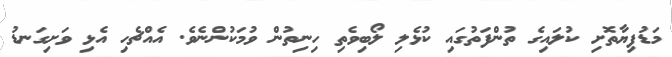
މަޑުފިޔާތޮށި ކުލައިގެ ތުންފަތުގައި ކުޅެލި ލޯބިވެތި ހިނިތުން ވުމަކުންނެވެ. އެއްޗެހި އެޅި ވަށިގަނޑު